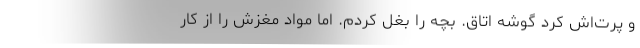
و پرت‌اش کرد گوشه اتاق. بچه را بغل کردم. اما مواد مغزش را از کار